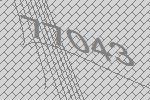
77043